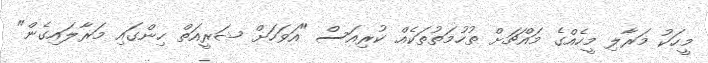
މީހަކު މަރާލި މީހެއްގެ މައްޗަށް ތުހުމަތުތަކެއް ކުރިއަސް "އަވަހަށް ޝަރީއަތް ހިންގައި މަރާލައިގެން"